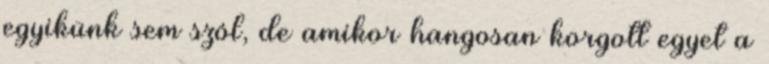
egyikünk sem szól, de amikor hangosan korgott egyet a